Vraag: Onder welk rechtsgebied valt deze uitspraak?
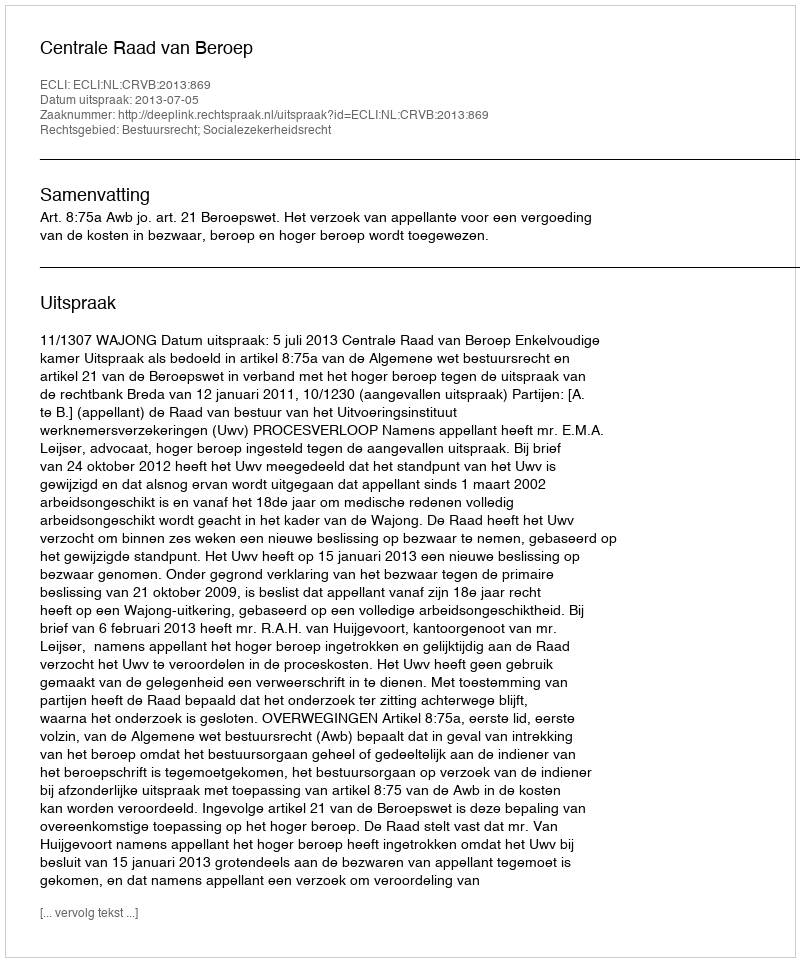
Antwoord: Bestuursrecht; Socialezekerheidsrecht